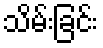
သိမ်းခြင်း